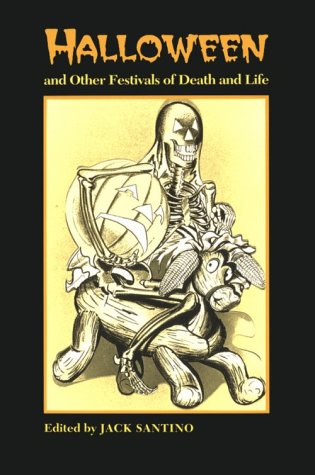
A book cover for Halloween Other Festivals: Death And Life; Jack Santino; Politics & Social Sciences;